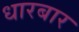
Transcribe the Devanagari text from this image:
धारबार